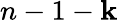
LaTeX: n-1-\mathbf{k}